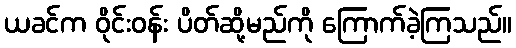
ယခင်က ဝိုင်းဝန်း ပိတ်ဆို့မည်ကို ကြောက်ခဲ့ကြသည်။